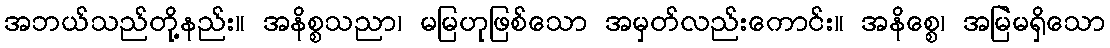
အဘယ်သည်တို့နည်း။ အနိစ္စသညာ၊ မမြဟုဖြစ်သော အမှတ်လည်းကောင်း။ အနိစ္စေ၊ အမြဲမရှိသော